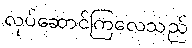
လုပ်ဆောင်ကြလေသည်